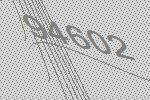
94602